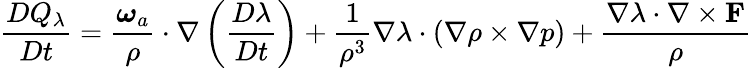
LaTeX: \frac{DQ_{\lambda}}{Dt}=\frac{\boldsymbol{\omega}_{a}}{\rho}\cdot\nabla\left(\frac{D\lambda}{Dt}\right)+\frac{1}{\rho^{3}}\nabla\lambda\cdot(\nabla\rho\times\nabla p)+\frac{\nabla\lambda\cdot\nabla\times{\mathbf F}}{\rho}